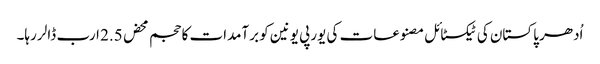
اُدھر پاکستان کی ٹیکسٹائل مصنوعات کی یورپی یونین کو برآمدات کا حجم محض 2.5 ارب ڈالر رہا۔